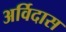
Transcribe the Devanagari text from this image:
अर्विदास